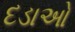
દડાઓ